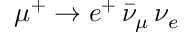
\mu ^ { + } \rightarrow e ^ { + } \, \bar { \nu } _ { \mu } \, \nu _ { e }